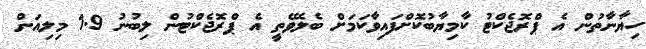
ހިޔާނާތުން އެ ޕްރޮޖެކްޓު ކާމިޔާބުކޮށްފައިވާކަމަށް ބެލެވޭތީ އެ ޕްރޮޖެކްޓުން ލިބުނު 1.9 މިލިއަން